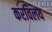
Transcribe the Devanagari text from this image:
करविलय